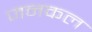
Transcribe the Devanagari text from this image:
जनकल